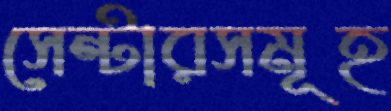
সেন্টারসমূহ